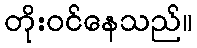
တိုးဝင်နေသည်။